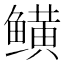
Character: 𬶫